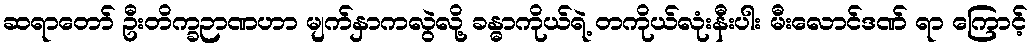
ဆရာတော် ဦးတိက္ခဉာဏဟာ မျက်နှာကလွဲလို့ ခန္ဓာကိုယ်ရဲ့ တကိုယ်လုံးနီးပါး မီးလောင်ဒဏ် ရာ ကြောင့်